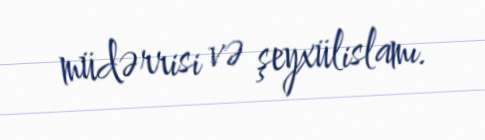
müdərrisi və şeyxülislamı.